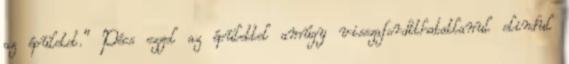
az épületet.” Pécs ezzel az épülettel amúgy visszafordíthatatlanul elindul